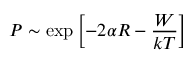
P \sim \exp \left[ - 2 \alpha R - { \frac { W } { k T } } \right]